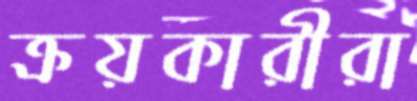
ক্রয়কারীরা